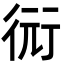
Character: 衏